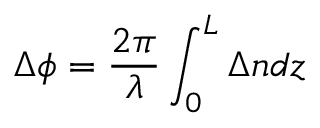
\Delta \phi = \frac { 2 \pi } { \lambda } \int _ { 0 } ^ { L } \Delta n d z